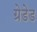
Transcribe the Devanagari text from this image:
ग्रेडेड